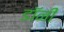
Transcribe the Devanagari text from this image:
डाॅनी